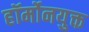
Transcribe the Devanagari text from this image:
हॉर्मोनयुक्त